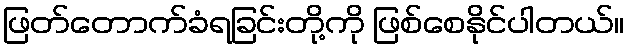
ဖြတ်တောက်ခံရခြင်းတို့ကို ဖြစ်စေနိုင်ပါတယ်။